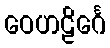
ဝေဟဠိင်္ဂေ